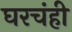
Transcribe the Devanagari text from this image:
घरचंही